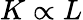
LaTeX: K\propto L